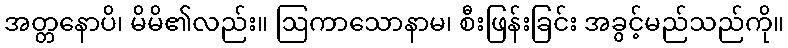
အတ္တနောပိ၊ မိမိ၏လည်း။ ဩကာသောနာမ၊ စီးဖြန်းခြင်း အခွင့်မည်သည်ကို။